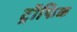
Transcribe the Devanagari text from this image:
ट्रॉफिक